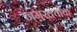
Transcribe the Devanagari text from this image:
जमखर्चाचा